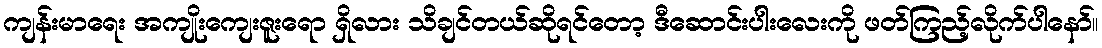
ကျန်းမာရေး အကျိုးကျေးဇူးရော ရှိလား သိချင်တယ်ဆိုရင်တော့ ဒီဆောင်းပါးလေးကို ဖတ်ကြည့်လိုက်ပါနော်။